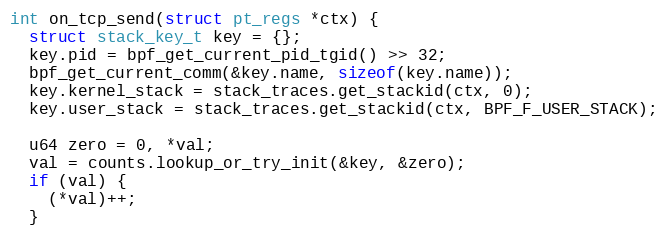
Language: C++
int on_tcp_send(struct pt_regs *ctx) {
  struct stack_key_t key = {};
  key.pid = bpf_get_current_pid_tgid() >> 32;
  bpf_get_current_comm(&key.name, sizeof(key.name));
  key.kernel_stack = stack_traces.get_stackid(ctx, 0);
  key.user_stack = stack_traces.get_stackid(ctx, BPF_F_USER_STACK);

  u64 zero = 0, *val;
  val = counts.lookup_or_try_init(&key, &zero);
  if (val) {
    (*val)++;
  }